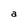
Character: a